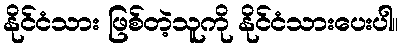
နိုင်ငံသား ဖြစ်တဲ့သူကို နိုင်ငံသားပေးပါ။